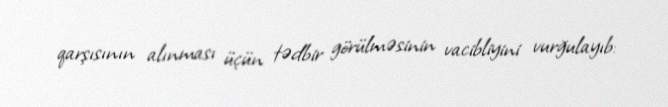
qarşısının alınması üçün tədbir görülməsinin vacibliyini vurğulayıb: